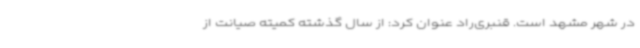
در شهر مشهد است. قنبری‌راد عنوان کرد: از سال گذشته کمیته صیانت از